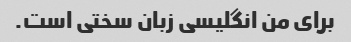
برای من انگلیسی زبان سختی است.